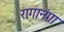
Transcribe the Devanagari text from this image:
रागानंगा